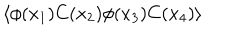
LaTeX: \langle \phi ( x _ { 1 } ) C ( x _ { 2 } ) \phi ( x _ { 3 } ) C ( x _ { 4 } ) \rangle